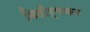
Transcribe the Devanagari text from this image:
विदीर्णकर